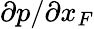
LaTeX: \partial p/\partial{x_{F}}